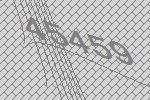
45459